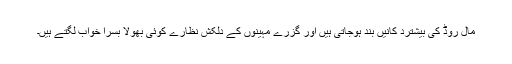
مال روڈ کی بیشترد کانیں بند ہوجاتی ہیں اور گزرے مہینوں کے دلکش نظارے کوئی بھولا بسرا خواب لگتے ہیں۔